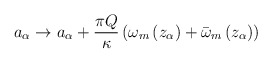
\begin{align*}a_{\alpha} \rightarrow a_{\alpha} + \frac{\pi Q}{\kappa}\left(\omega_{m}\left(z_{\alpha}\right) + \bar{\omega}_{m}\left(z_{\alpha}\right) \right)\end{align*}